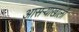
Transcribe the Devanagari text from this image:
आसऱ्याखाली